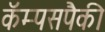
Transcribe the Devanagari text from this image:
कॅम्पसपैकी